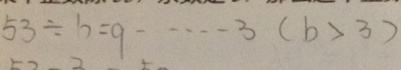
5 3 \div b = q \cdots 3 ( b > 3 )